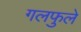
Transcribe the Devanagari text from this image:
गलफुले